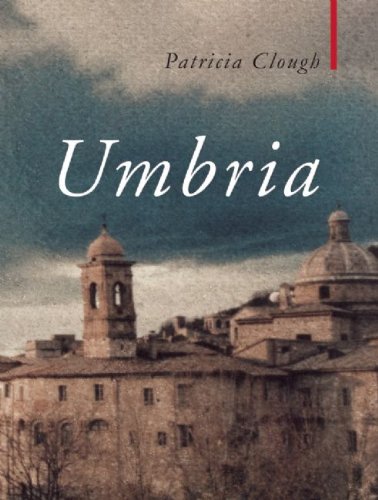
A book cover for Umbria (Haus Publishing - Armchair Traveller); Patricia Clough; Travel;